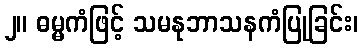
၂။ ဓမ္မကံဖြင့် သမနုဘာသနကံပြုခြင်း၊